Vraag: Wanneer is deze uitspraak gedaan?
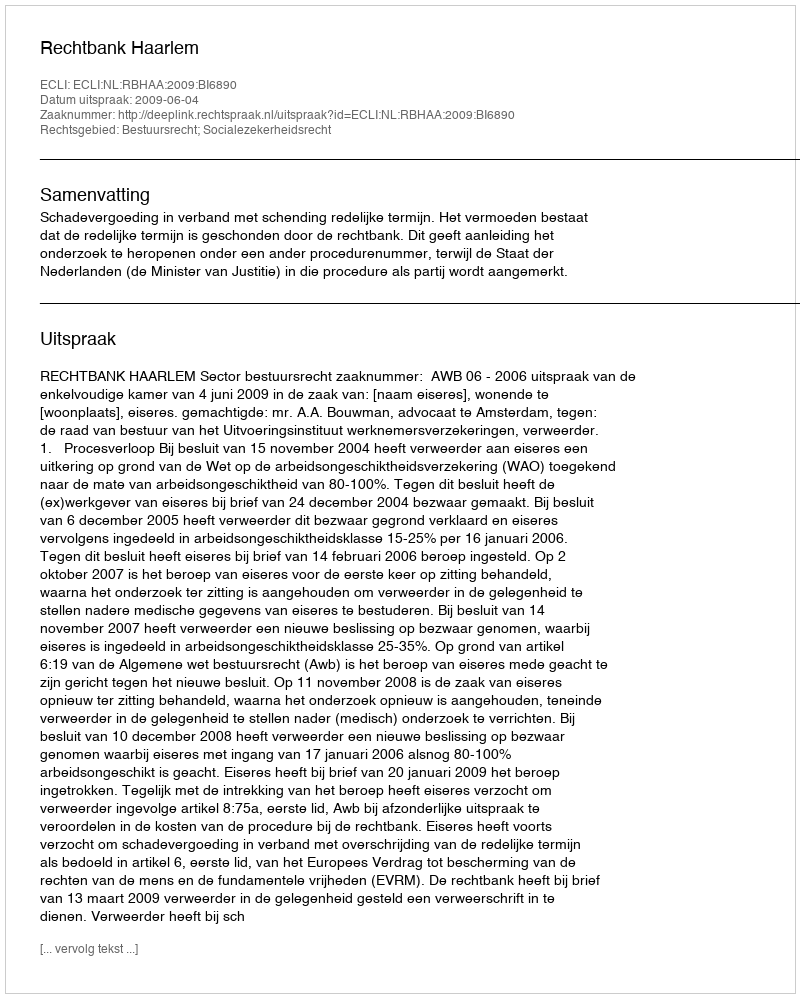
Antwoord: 2009-06-04